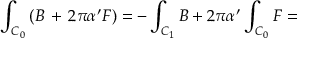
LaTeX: \int _ { { \cal C } _ { 0 } } \left( B \, + \, 2 \pi \alpha ^ { \prime } { \cal F } \right) = - \int _ { { \cal C } _ { 1 } } B + 2 \pi \alpha ^ { \prime } \int _ { { \cal C } _ { 0 } } { \cal F } =